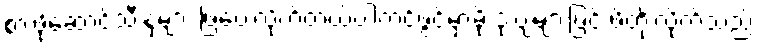
စားဖိုဆောင်သီးနှံများ ဖြဲပေးလိုက်တယ်ပါကင်ဖွင့်မှာမို့ ဒုံးပျံများဖြင့် ဖိတိုးလိုက်သည်